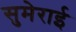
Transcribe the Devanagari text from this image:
सुमेराई